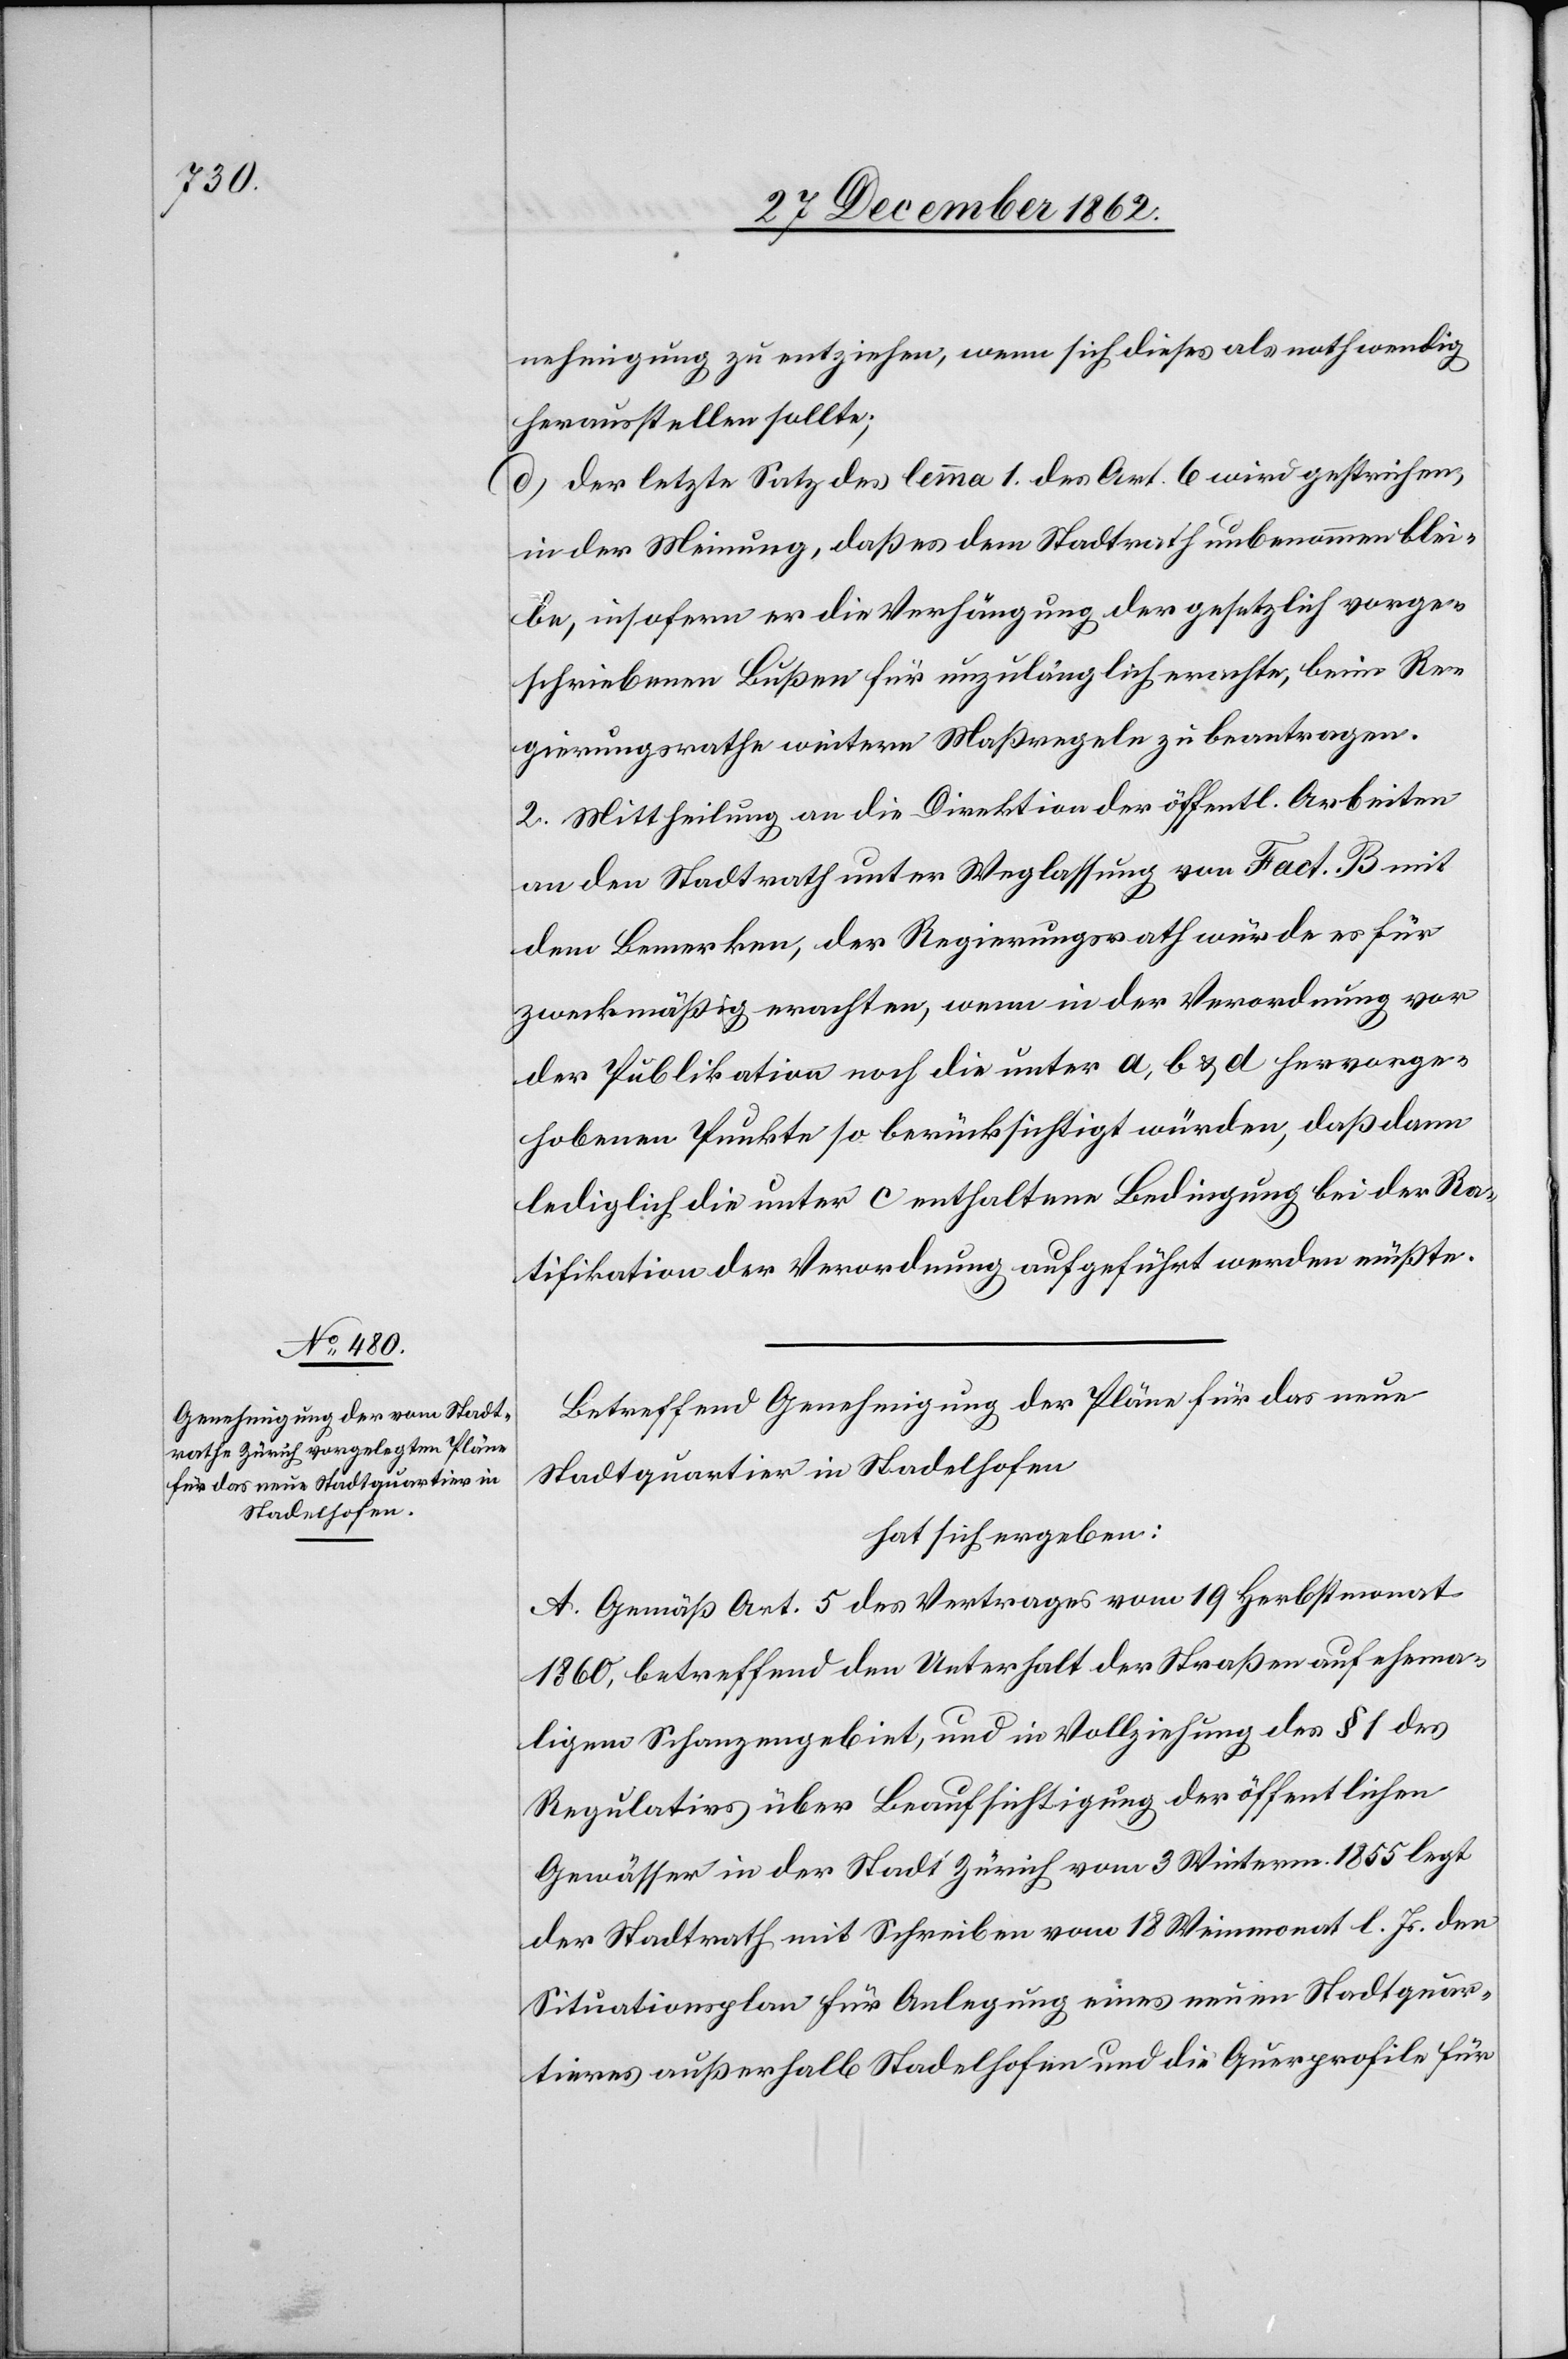
nehmigung zu entziehen, wenn sich dieses als nothwendig
herausstellen sollte;
d. der letzte Satz des lemma 1 der Art. 6 wird gestrichen,
in der Meinung, daß es dem Stadtrath unbenommen blei¬
be, insofern er die Verhängung der gesetzlich vorge¬
schriebenen Bußen für unzulänglich erachte, beim Re¬
gierungsrathe weitern Maßregeln zu beantragen.
2. Mittheilung an die Direktion der öffentl. Arbeiten
an den Stadtrath unter Weglassung von Fact. B mit
dem Bemerken, der Regierungsrath würde es für
zweckmäßig erachten, wenn in der Verordnung vor
der Publikation noch die unter a, b u. d hervorge¬
hobenen Punkte so berücksichtigt würden, daß dann
lediglich die unter c enthaltene Bedingung bei der Ra¬
tifikation der Verordnung aufgeführt werden müßte.
Betreffend Genehmigung der Pläne für das neue
Stadtquartier in Stadelhofen
hat sich ergeben:
A. Gemäß Art. 5 des Vertrages vom 19. Herbstmonat
1860, betreffend den Unterhalt der Straßen auf ehema¬
ligem Schanzengebiet, und in Vollziehung des § 1 des
Regulativs über Beaufsichtigung der öffentlichen
Gewässer in der Stadt Zürich vom 3. Winterm. 1855 legt
der Stadtrath mit Schreiben vom 18. Weinmonat l. Js. den
Situationsplan für Anlegung eines neuen Stadtquar¬
tieres außerhalb Stadelhofen und die Querprofile für